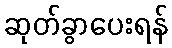
ဆုတ်ခွာပေးရန်